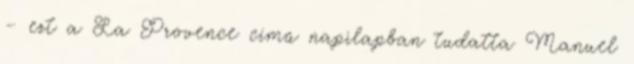
– ezt a La Provence című napilapban tudatta Manuel